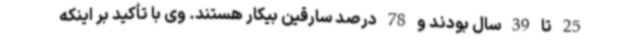
25 تا 39 سال بودند و 78 درصد سارقین بیکار هستند. وی با تأکید بر اینکه